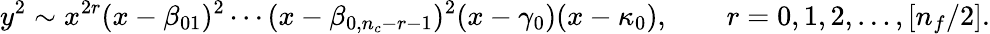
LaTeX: y^{2}\sim x^{2r}(x-\beta_{01})^{2}\cdots(x-\beta_{0,n_{c}-r-1})^{2}(x-\gamma_{0})(x-\kappa_{0}),\qquad r=0,1,2,\ldots,[n_{f}/2].